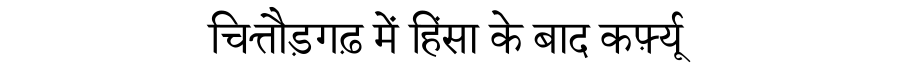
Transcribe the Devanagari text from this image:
चित्तौड़गढ़ में हिंसा के बाद कर्फ़्यू